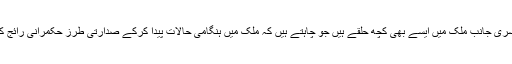
جبکہ دوسری جانب ملک میں ایسے بھی کچھ حلقے ہیں جو چاہتے ہیں کہ ملک میں ہنگامی حالات پیدا کرکے صدارتی طرز حکمرانی رائج کی جائے۔